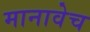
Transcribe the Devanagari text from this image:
मानावेच